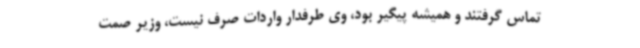
تماس گرفتند و همیشه پیگیر بود، وی طرفدار واردات صرف نیست، وزیر صمت